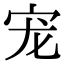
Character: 宠